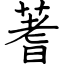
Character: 蓍